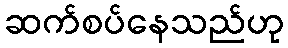
ဆက်စပ်နေသည်ဟု